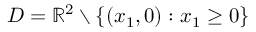
D = \mathbb { R } ^ { 2 } \setminus \left\{ ( x _ { 1 } , 0 ) : x _ { 1 } \geq 0 \right\}